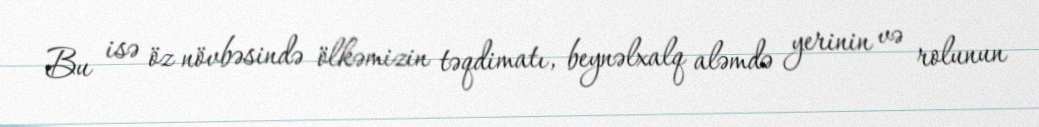
Bu isə öz növbəsində ölkəmizin təqdimatı, beynəlxalq aləmdə yerinin və rolunun